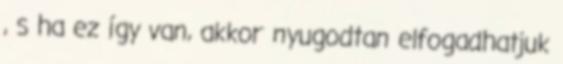
, s ha ez így van, akkor nyugodtan elfogadhatjuk